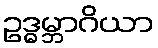
ဥဒ္ဓမ္ဘာဂိယာ